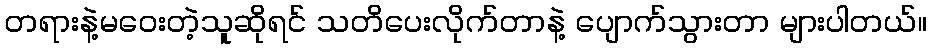
တရားနဲ့မဝေးတဲ့သူဆိုရင် သတိပေးလိုက်တာနဲ့ ပျောက်သွားတာ များပါတယ်။